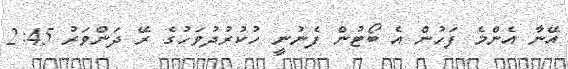
އޭނާ އެންމެ ފަހުން އެ ބޯޓުން ފެނުނީ ހުކުރުދުވަހުގެ ރޭ ދަންވަރު 2:45